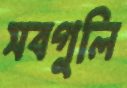
সবগুলি